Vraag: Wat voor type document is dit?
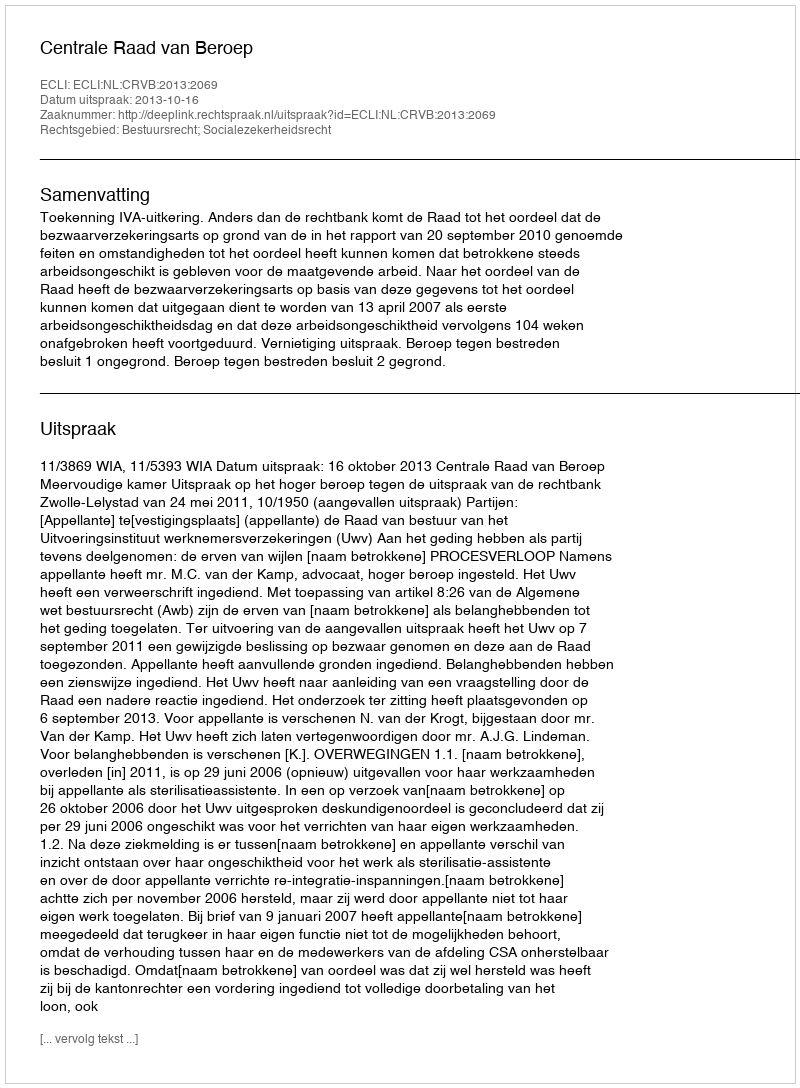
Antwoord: Uitspraak